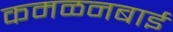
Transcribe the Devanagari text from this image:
कमळनबाई